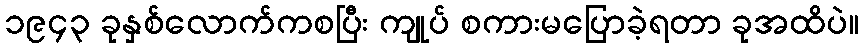
၁၉၄၃ ခုနှစ်လောက်ကစပြီး ကျုပ် စကားမပြောခဲ့ရတာ ခုအထိပဲ။